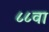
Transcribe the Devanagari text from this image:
८८वा